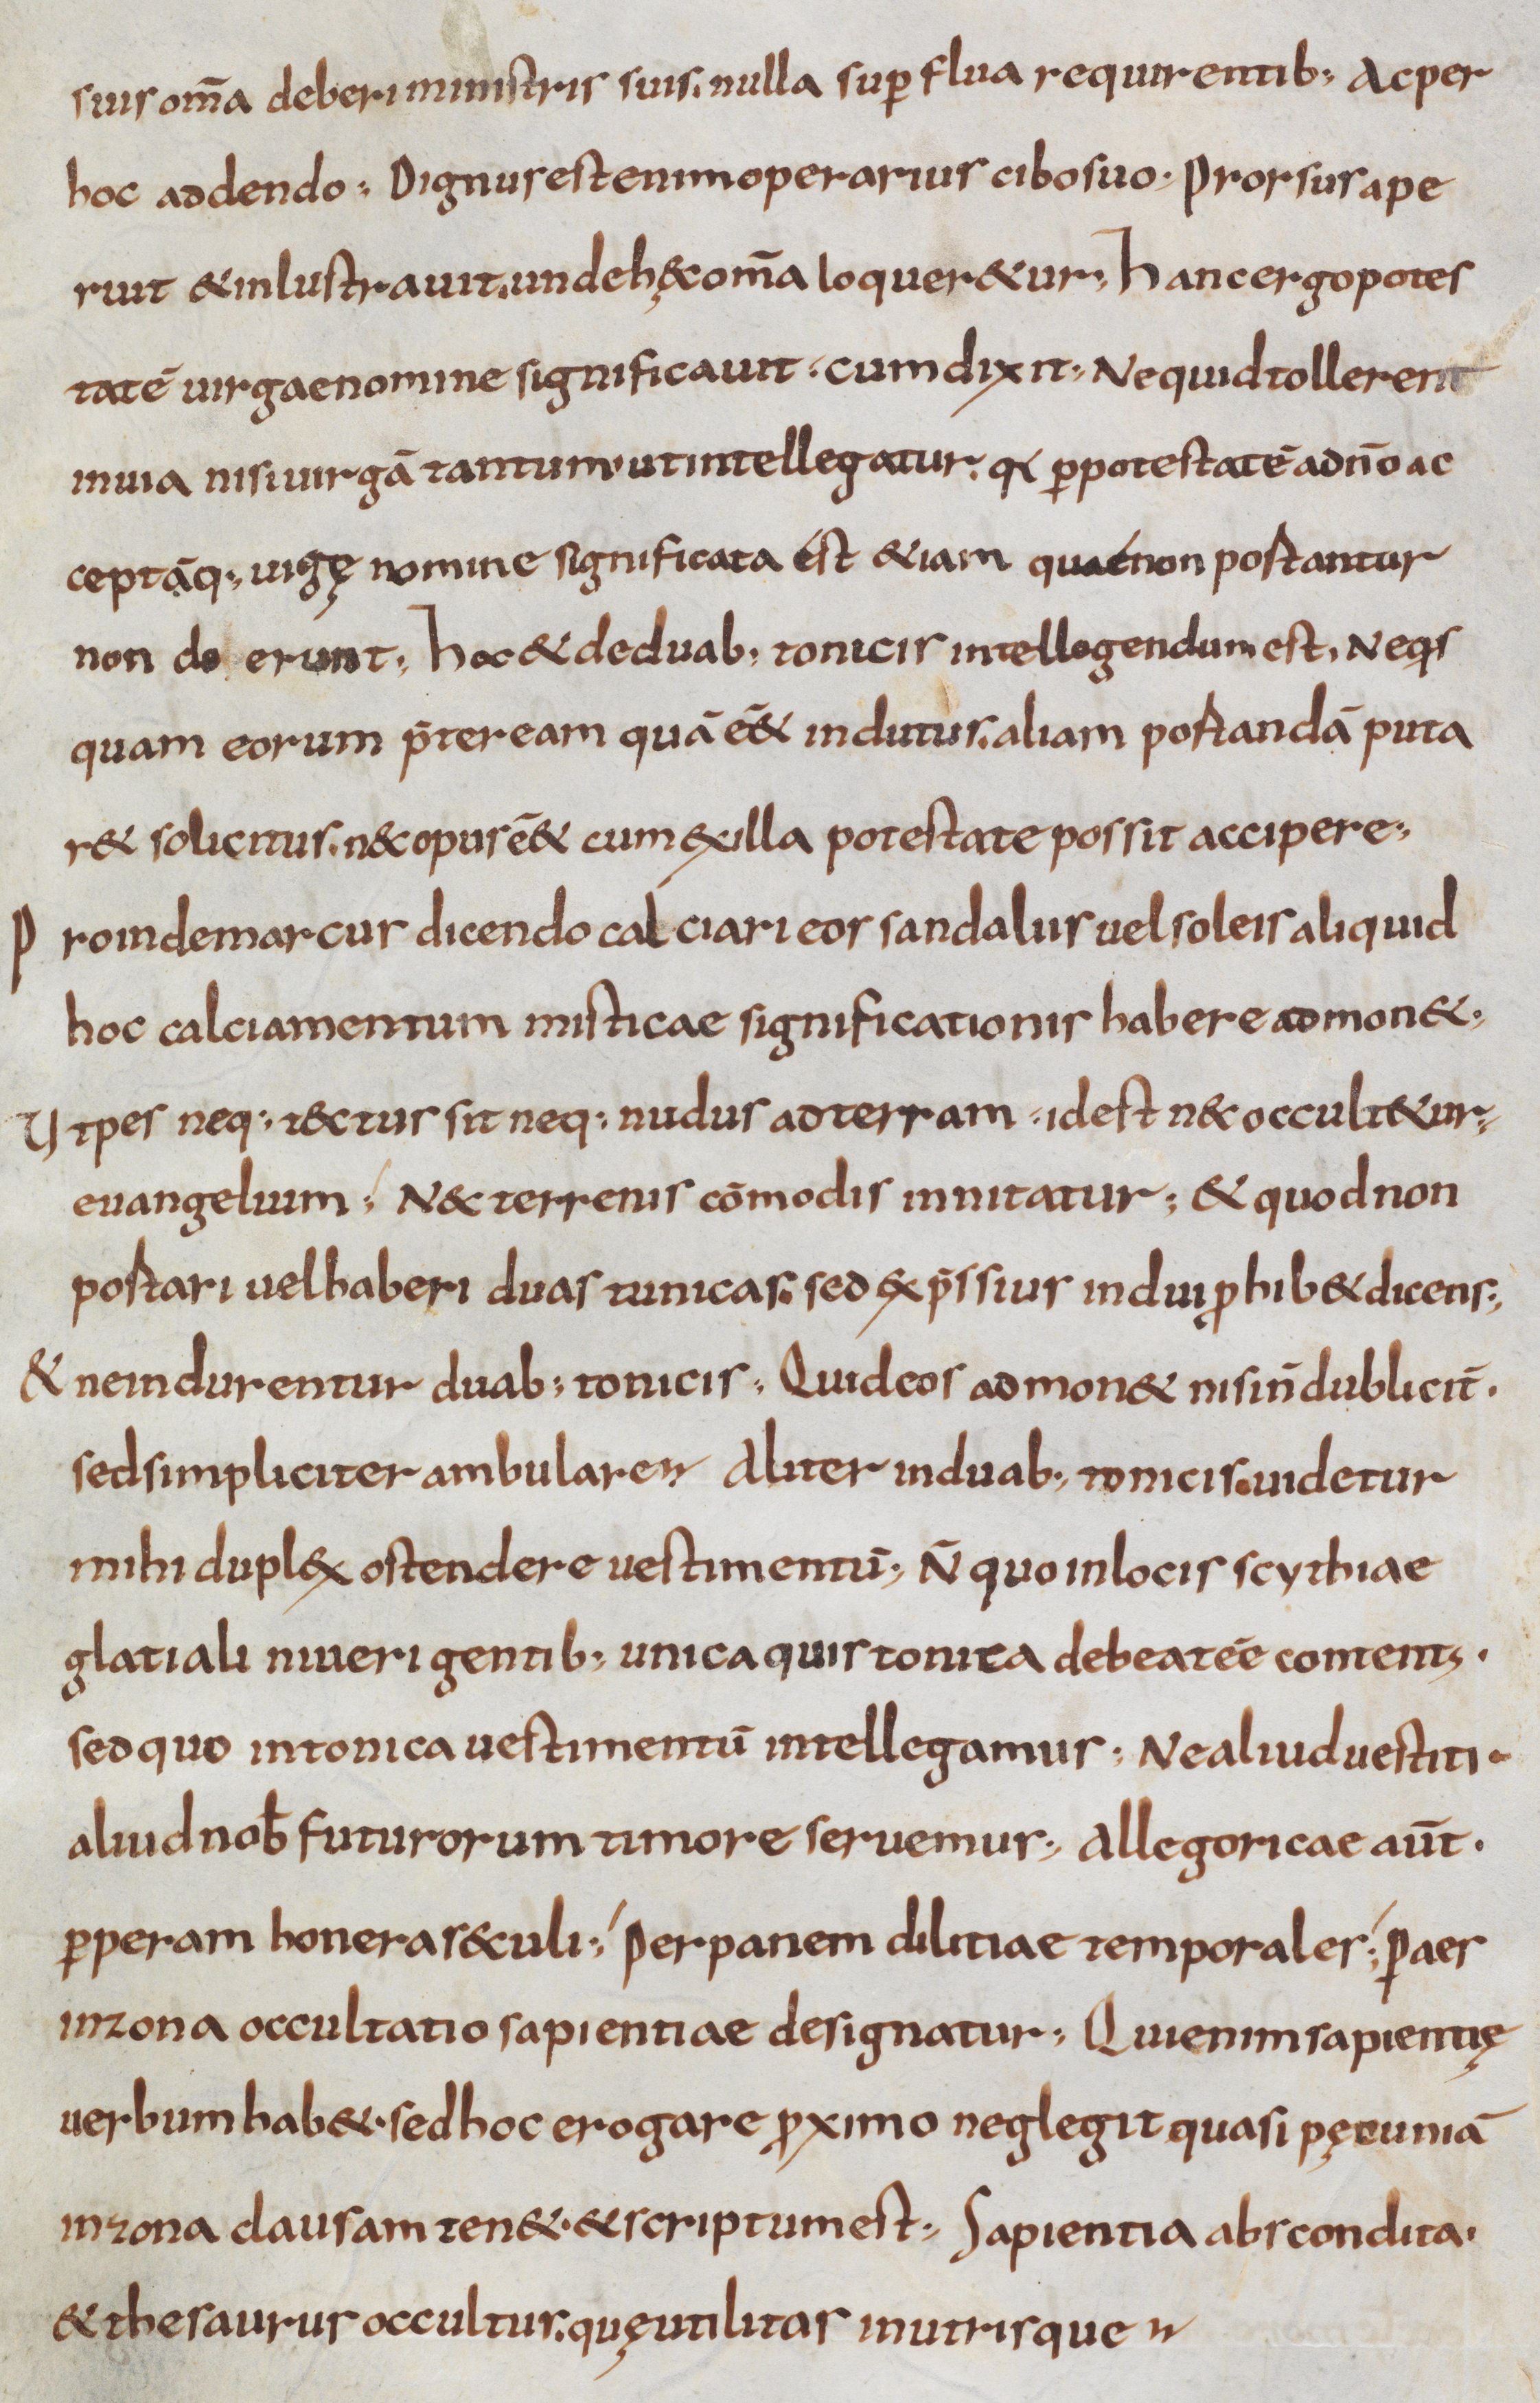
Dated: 800–999